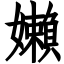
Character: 嬾